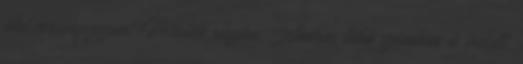
idei versenyszezont Petkóék részére. András több számban is indult,